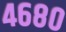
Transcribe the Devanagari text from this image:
४६८०